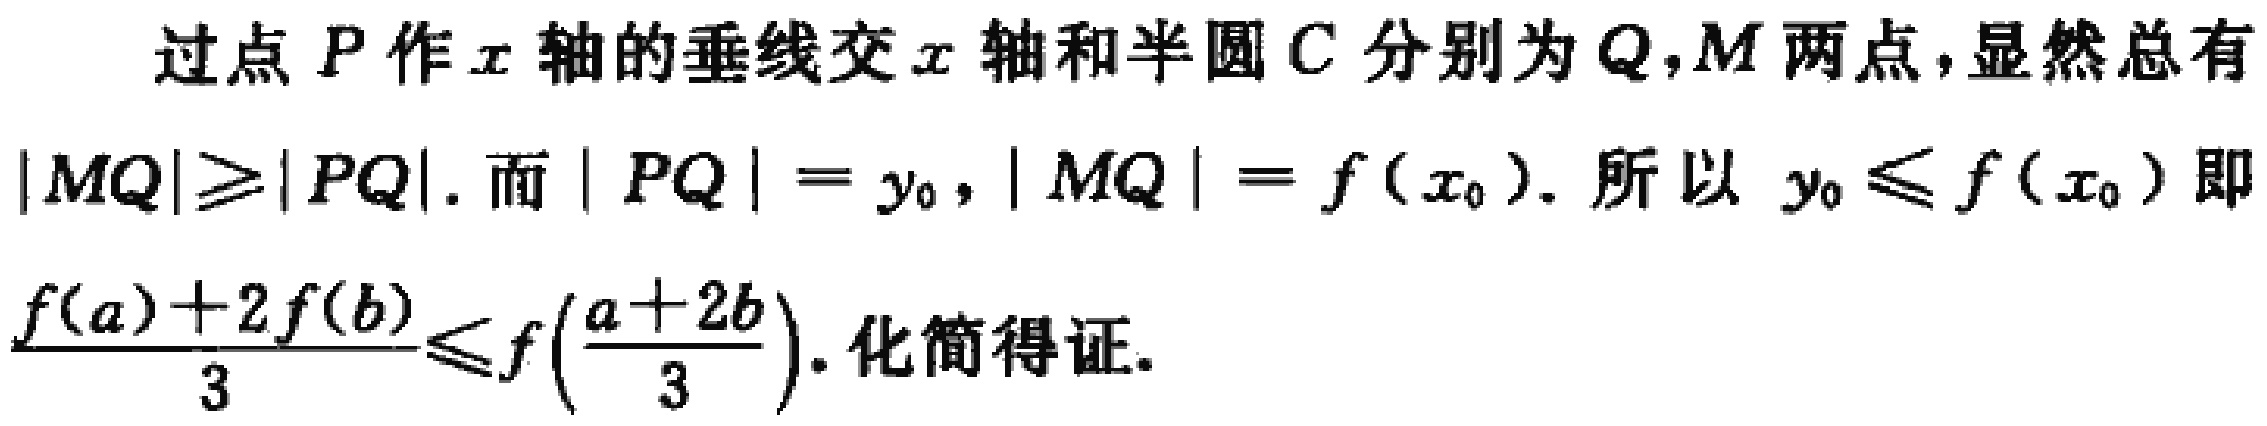
过点 \(P\) 作 \(x\) 轴的垂线交 \(x\) 轴和半圆 \(C\) 分别为 \(Q,M\) 两点，显然总有\(|MQ|\geqslant|PQ|\). 而 \(|PQ| = y_{0},|MQ| = f(x_{0})\). 所以 \(y_{0}\leqslant f(x_{0})\) 即\(\frac{f(a)+2f(b)}{3}\leqslant f\left(\frac{a + 2b}{3}\right)\). 化简得证.